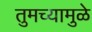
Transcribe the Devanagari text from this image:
तुमच्यामुळे